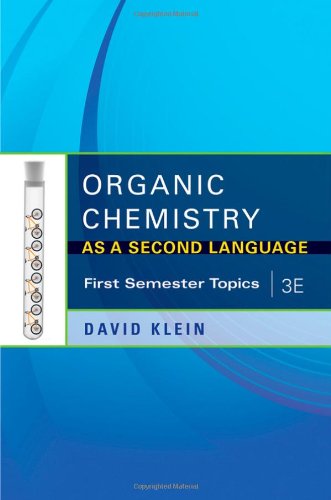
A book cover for Organic Chemistry As a Second Language, 3e: First Semester Topics; David Klein; Science & Math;